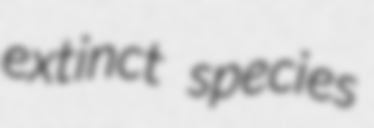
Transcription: extinct species